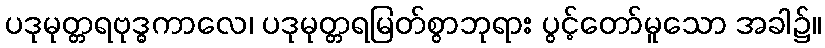
ပဒုမုတ္တရဗုဒ္ဓကာလေ၊ ပဒုမုတ္တရမြတ်စွာဘုရား ပွင့်တော်မူသော အခါ၌။